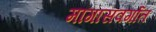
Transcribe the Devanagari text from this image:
मागासवर्गात